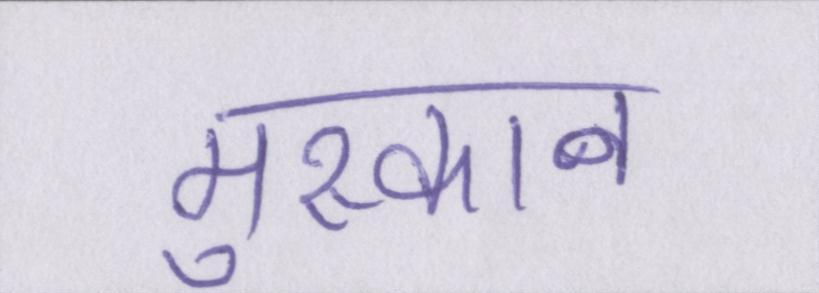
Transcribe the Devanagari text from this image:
मुस्कान